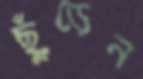
ছুঁড়েন